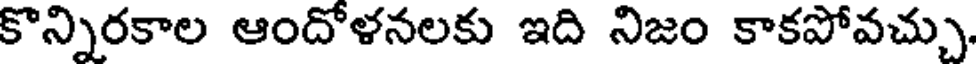
కొన్నిరకాల ఆందోళనలకు ఇది నిజం కాకపోవచ్చు.